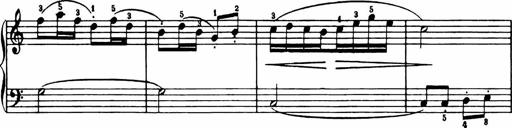
Title: Analytical Sonatinas
Composer: Frank Lynes